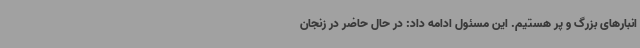
انبارهای بزرگ و پر هستیم. این مسئول ادامه داد: در حال حاضر در زنجان